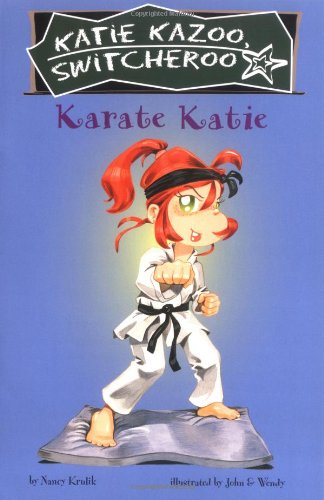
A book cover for Karate Katie (Katie Kazoo, Switcheroo No. 18); Nancy E. Krulik; Children's Books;